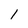
Character: 1